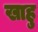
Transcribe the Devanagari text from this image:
खाहु